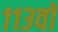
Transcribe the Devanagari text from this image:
११३वॉ